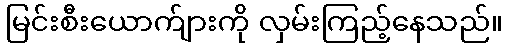
မြင်းစီးယောက်ျားကို လှမ်းကြည့်နေသည်။